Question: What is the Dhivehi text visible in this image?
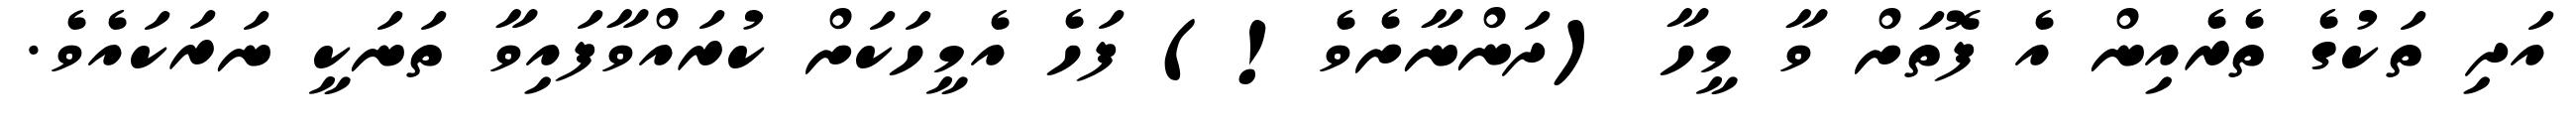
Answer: އަދި ތަކުގެ ތެރެއިން އެ ފޮތަށް ވާ މީހާ (ދަންނާށެވެ!) ފަހެ އެމީހަކަށް ކުރައްވާފައިވާ ތަނަކީ ނަރަކައެވެ.